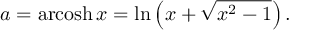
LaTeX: a = \operatorname { a r c o s h } x = \ln \left( x + { \sqrt { x ^ { 2 } - 1 } } \right) .